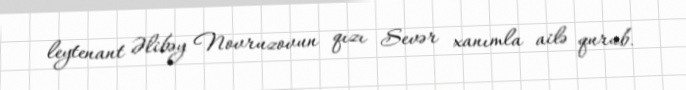
leytenant Əlibəy Novruzovun qızı Sevər xanımla ailə qurub.